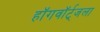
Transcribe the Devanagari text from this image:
हॉगवॉर्ट्‌जला